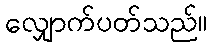
လျှောက်ပတ်သည်။